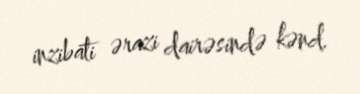
inzibati ərazi dairəsində kənd.